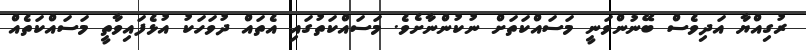
ރުގިއްޔާ އަދިވެސް ބޭނުންވަނީ މަސައްކަތަށް ނުކުންނާށެވެ. މަސައްކަތުގައި އެތައް ދުވަހަކު އުޅެފައިވާތީ މަސައްކަތެއް